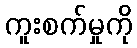
ကူးစက်မှုကို